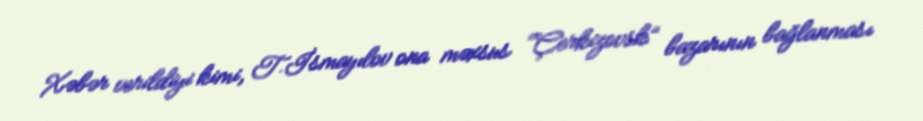
Xəbər verildiyi kimi, T.İsmayılov ona məxsus “Çerkizovsk” bazarının bağlanması